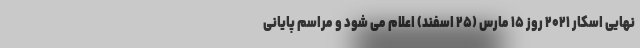
نهایی اسکار ۲۰۲۱ روز ۱۵ مارس (۲۵ اسفند) اعلام می شود و مراسم پایانی